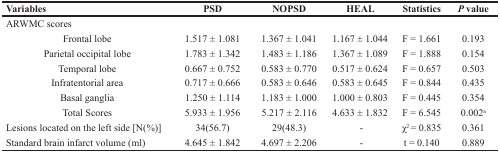
<table><thead><tr><td><b>Variables</b></td><td><b>PSD</b></td><td><b>NOPSD</b></td><td><b>HEAL</b></td><td><b>Statistics</b></td><td><b><i>P</i> value</b></td></tr></thead><tbody><tr><td>ARWMC scores</td><td colspan="5"></td></tr><tr><td> Frontal lobe</td><td>1.517 ± 1.081</td><td>1.367 ± 1.041</td><td>1.167 ± 1.044</td><td>F = 1.661</td><td>0.193</td></tr><tr><td> Parietal occipital lobe</td><td>1.783 ± 1.342</td><td>1.483 ± 1.186</td><td>1.367 ± 1.089</td><td>F = 1.888</td><td>0.154</td></tr><tr><td> Temporal lobe</td><td>0.667 ± 0.752</td><td>0.583 ± 0.770</td><td>0.517 ± 0.624</td><td>F = 0.657</td><td>0.503</td></tr><tr><td> Infratentorial area</td><td>0.717 ± 0.666</td><td>0.583 ± 0.646</td><td>0.583 ± 0.645</td><td>F = 0.844</td><td>0.435</td></tr><tr><td> Basal ganglia</td><td>1.250 ± 1.114</td><td>1.183 ± 1.000</td><td>1.000 ± 0.803</td><td>F = 0.445</td><td>0.354</td></tr><tr><td> Total Scores</td><td>5.933 ± 1.956</td><td>5.217 ± 2.116</td><td>4.633 ± 1.832</td><td>F = 6.545</td><td>0.002<sup>a</sup></td></tr><tr><td>Lesions located on the left side [N(%)]</td><td>34(56.7)</td><td>29(48.3)</td><td>-</td><td>χ<sup>2</sup> = 0.835</td><td>0.361</td></tr><tr><td>Standard brain infarct volume (ml)</td><td>4.645 ± 1.842</td><td>4.697 ± 2.206</td><td>-</td><td>t = 0.140</td><td>0.889</td></tr></tbody></table>